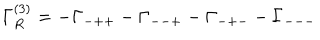
\Gamma _ { R } ^ { ( 3 ) } = - \Gamma _ { - + + } - \Gamma _ { -- + } - \Gamma _ { - + - } - \Gamma _ { --- } \hspace { . 2 i n } .